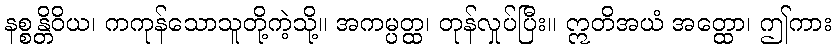
နစ္စန္တိဝိယ၊ ကကုန်သောသူတို့ကဲ့သို့။ အကမ္ပတ္ထ၊ တုန်လှုပ်ပြီး။ ဣတိအယံ အတ္ထော၊ ဤကား